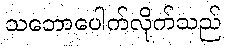
သဘောပေါက်လိုက်သည်